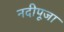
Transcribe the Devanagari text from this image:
नदीपूजा